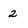
Character: 2